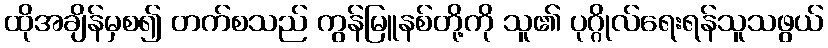
ထိုအချိန်မှစ၍ တက်စသည် ကွန်မြူနစ်တို့ကို သူ၏ ပုဂ္ဂိုလ်ရေးရန်သူသဖွယ်